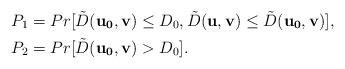
LaTeX: \begin{align*}P_1 &= Pr[\tilde{D}(\mathbf{u_0,v}) \le D_0, \tilde{D}(\mathbf{u,v}) \le \tilde{D}(\mathbf{u_0,v})] , \\P_2 &= Pr[\tilde{D}(\mathbf{u_0,v}) > D_0] . \end{align*}